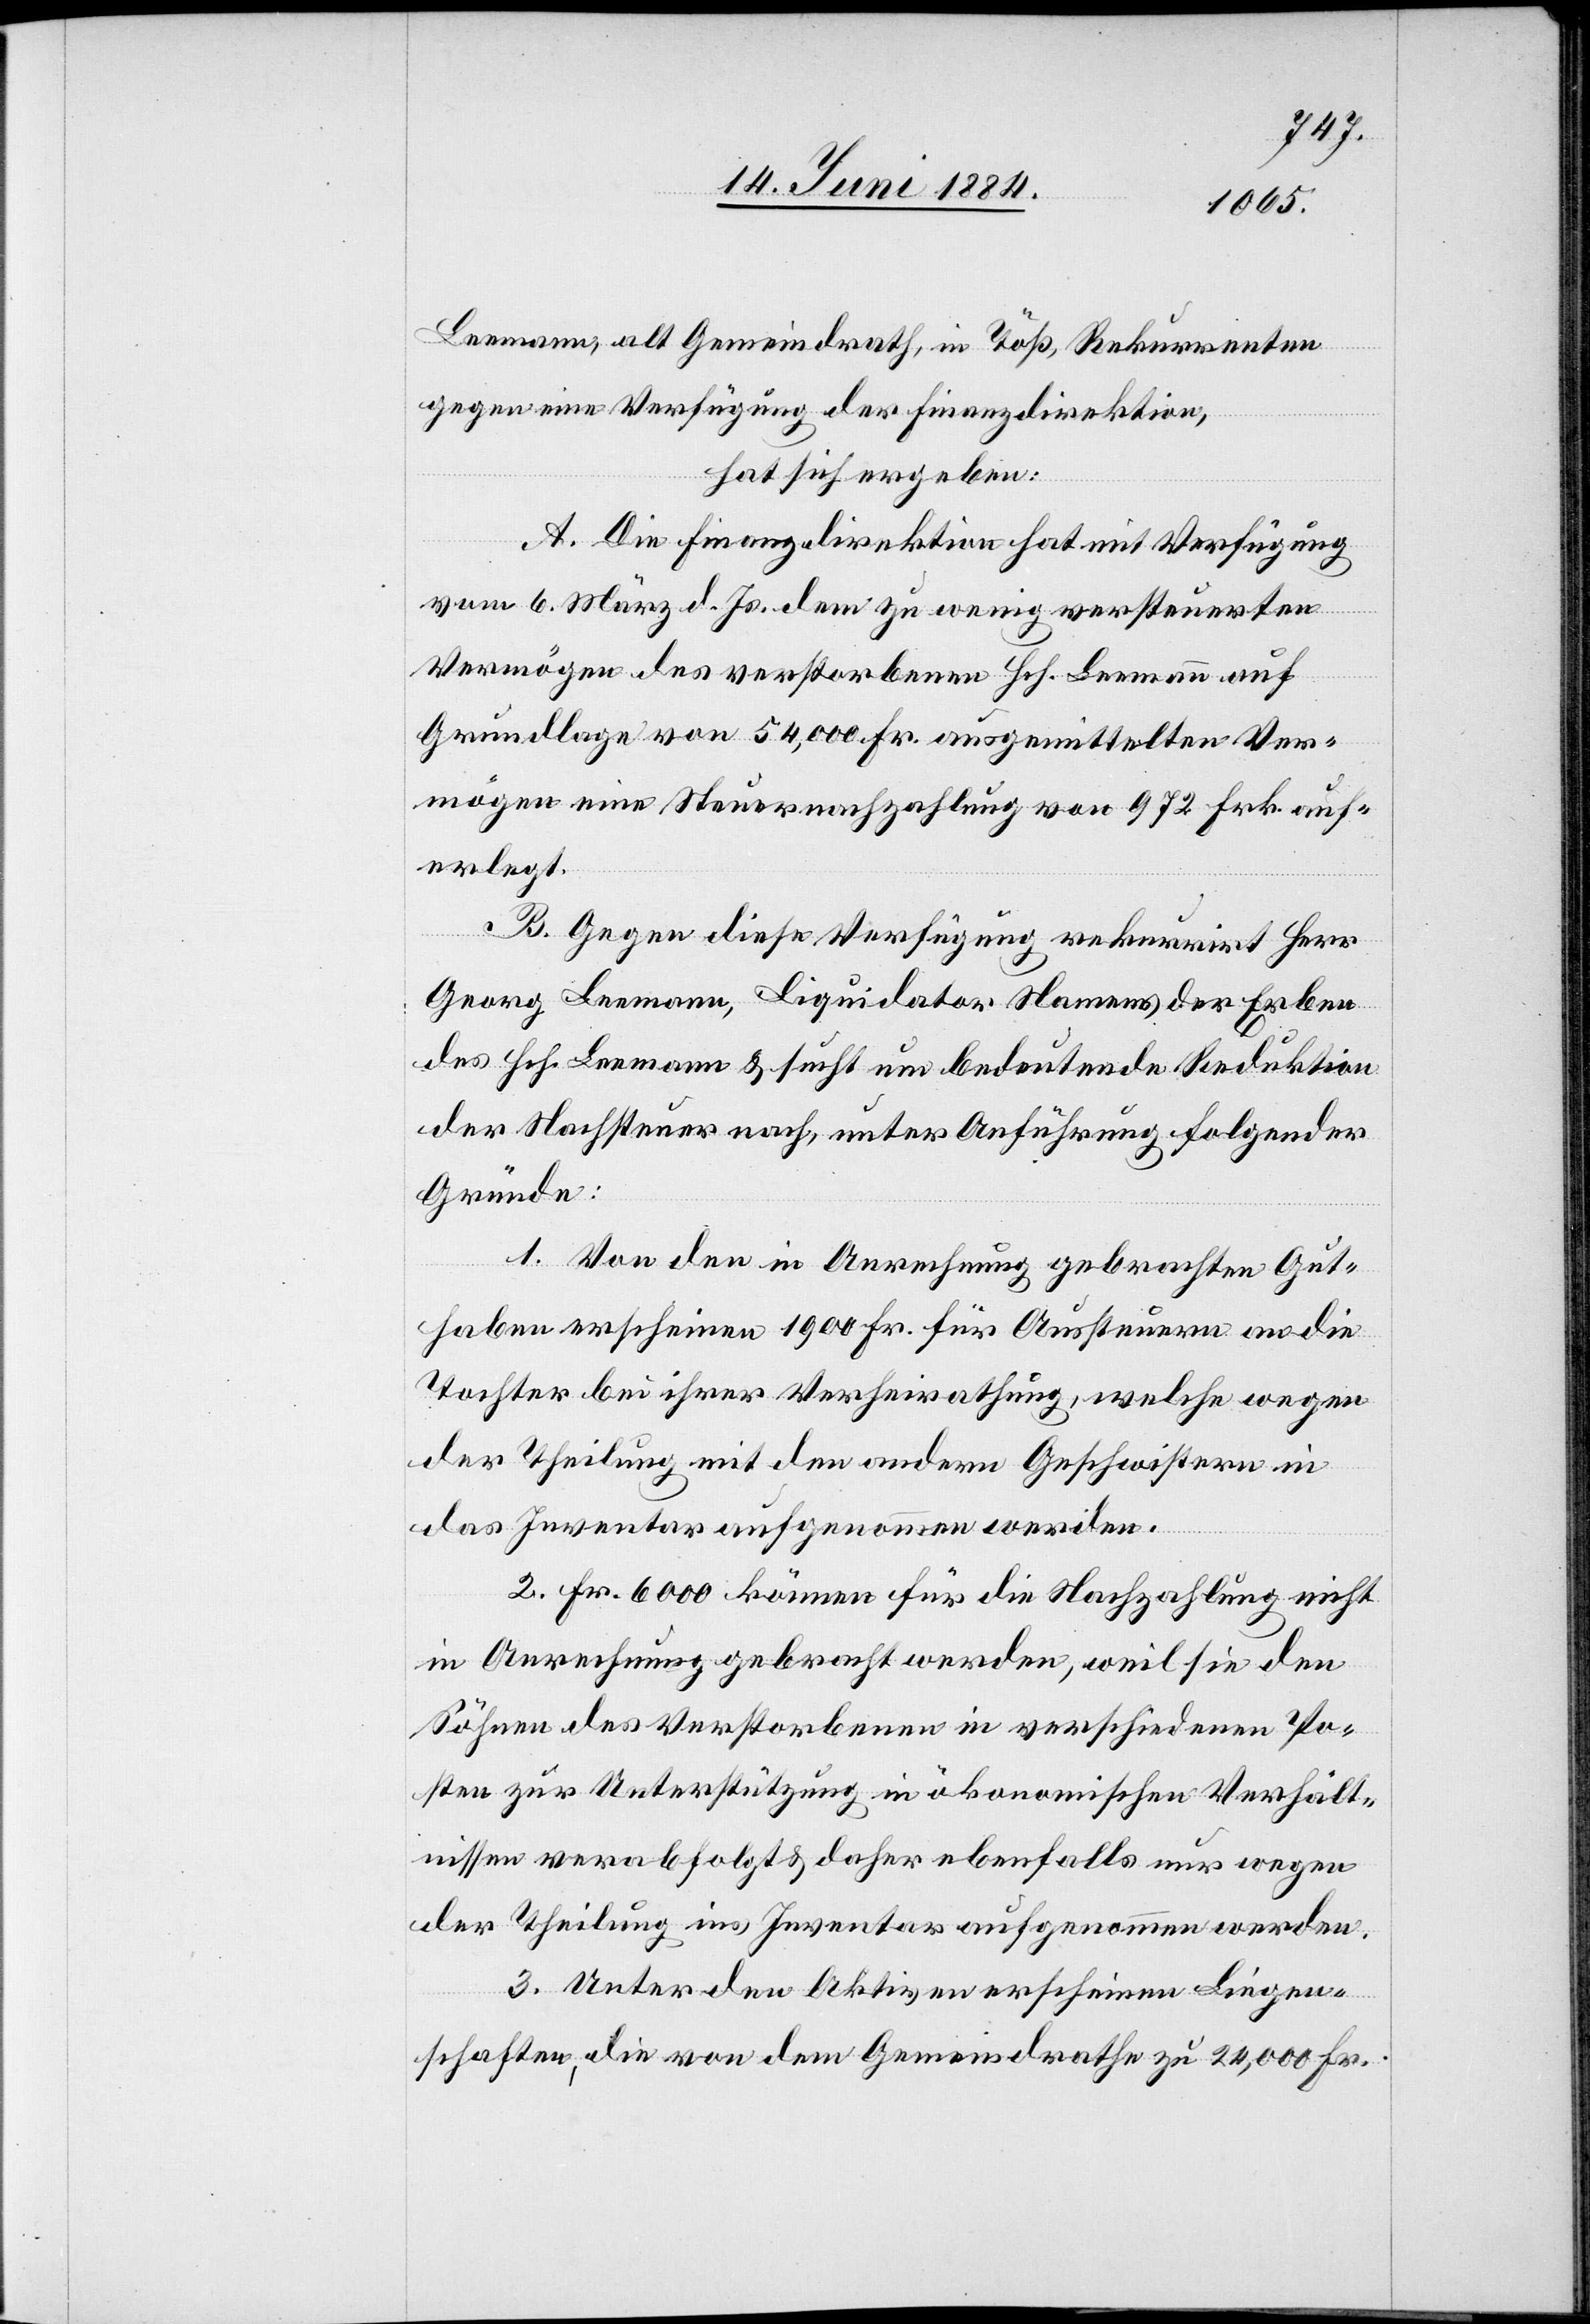
Leemanns, als Gemeindrath, in Töß, Rekurrenten
gegen eine Verfügung der Finanzdirektion,
hat sich ergeben:
A. Die Finanzdirektion hat mit Verfügung
vom 6. März d. Js. dem zu wenig versteuerten
Vermögen des verstorbenen Hch. Leemann auf
Grundlage von 54,000 Fr. ausgemittelten Ver¬
mögen eine Steuernachzahlung von 972 Frk. auf¬
erlegt.
B. Gegen diese Verfügung rekurrirt Herr
Georg Leemann, Liquidator Namens der Erben
des Hch. Leemann & sucht um bedeutende Reduktion
der Nachsteuer nach, unter Anführung folgender
Gründe:
1. Von den in Anrechnung gebrachten Gut¬
haben erscheinen 1900 Fr. für Aussteuern an die
Tochter bei ihrer Verheirathung, welche wegen
der Theilung mit den andern Geschwistern in
das Inventar aufgenommen werden.
2. Fr. 6000 können für die Nachzahlung nicht
in Anrechnung gebracht werden, weil sie den
Söhnen des Verstorbenen in verschiedenen Po¬
sten zur Unterstützung in ökonomisch Verhält¬
nissen verabfolgt & daher ebenfalls nur wegen
der Theilung ins Inventar aufgenommen werden.
3. Unter den Aktiven erscheinen Liegen¬
schaften, die von dem Gemeindrathe zu 24,000 Fr.